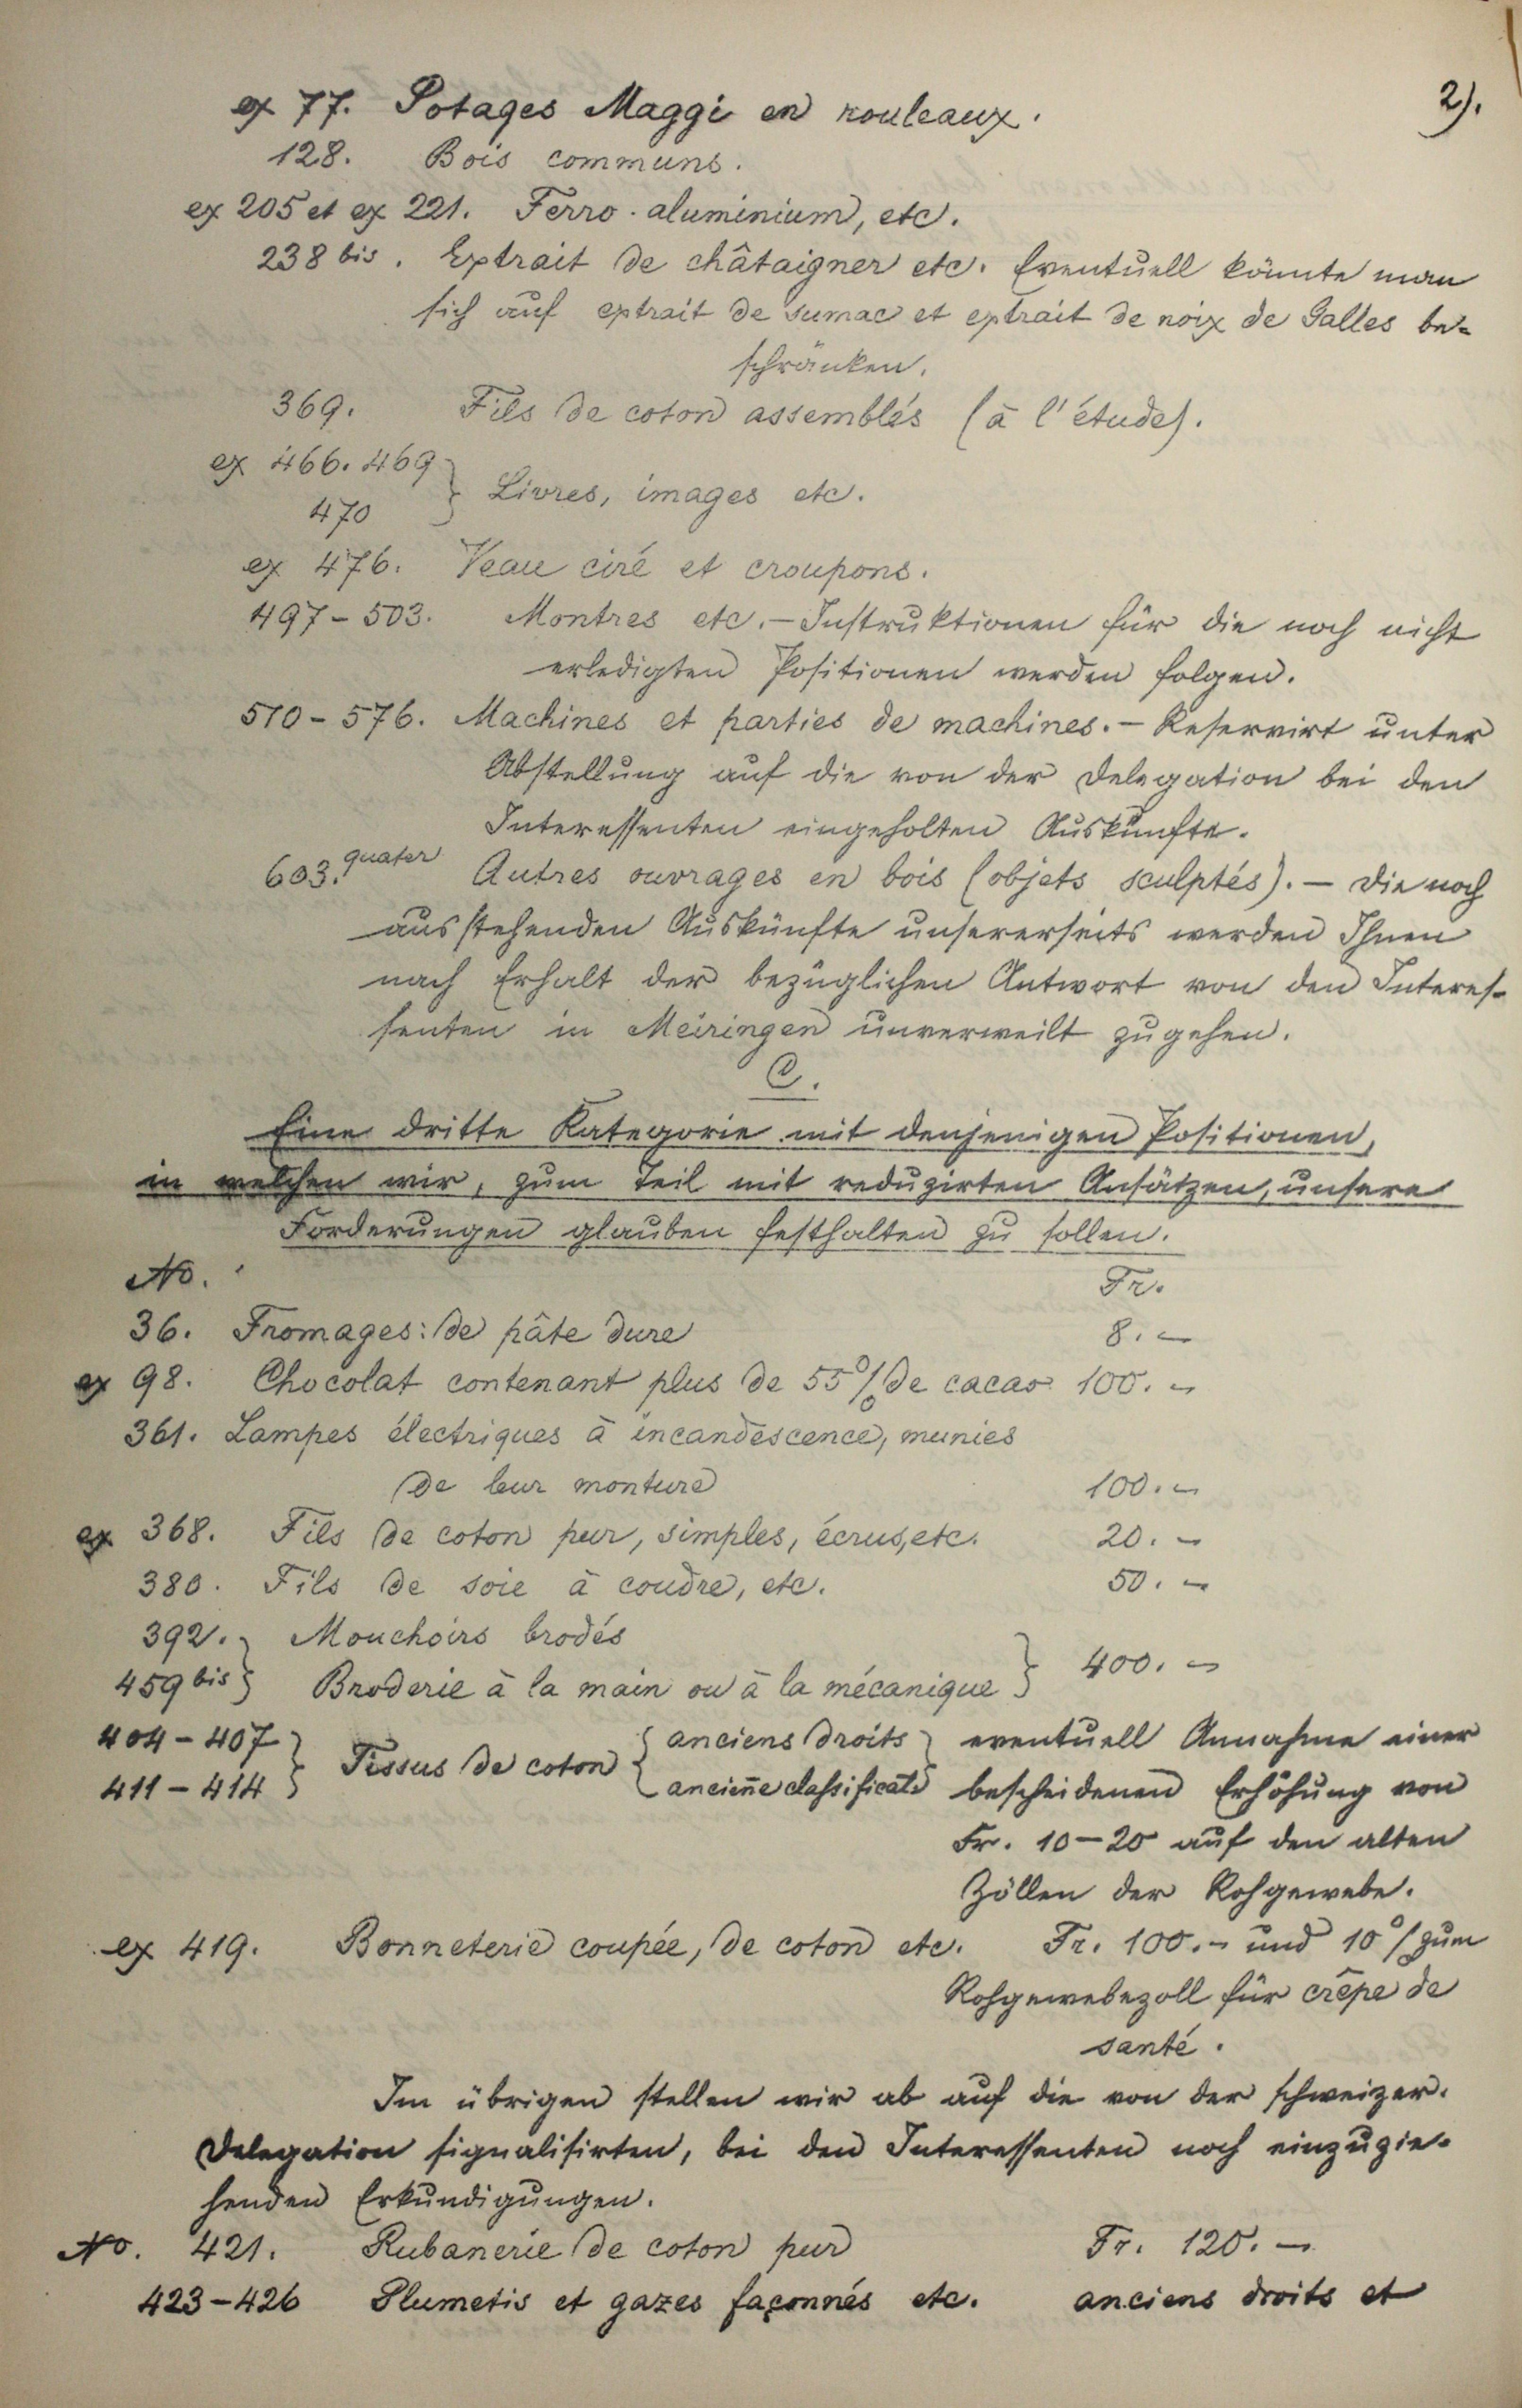
do

404-407

A 419.

411—414)

2).

g. 77. Sotages Maggi en ronleanz.
128. Bois communi
Z 205 et § 221. Perro aluminium, etc.
938 bis Extrait de chätaigner etc. Eventuell könnte man
sich auf extrait de Sumae et extrait de noix de Galles beschränken.
369.
Fils de coton assemblis (à l Studes.
 466. 1165
Livres, images etc.
470
§ 476. Teau cire et crouponi
497. 503. Montres etc. Instruktionen für die noch nicht
erledigten Positionen werden folgen.
510-576. Machines et parties de machines. - Reservirt unter
Abstellung auf die von der Delegation bei den
Interessenten eingeholten Auskünfte
quater
603.
Autres ouvrages en bois (objets sculptès). — Die noch
ausstehenden Auskünfte unsererseits werden Ihnen
nach Erhalt der bezüglichen Antwort von den Intereshenten in Meiringen unverweilt zugehen.
6.
Eine dritte Kategorie mit denjenigen Positionen,
in welchen wir, zum Teil mit reduzirten Ansätzen, unsere
Forderungen glauben festhalten zu sollen.
32.
36. Fromages de pate dure
8.
 98. Chocolat contenant plus de 55 / de cacas 100.
361. Lampes électriques à incandescence, meines
e fur monture
100.
 368. Fils de coton pur, simples, bereisete.
20.
50.
380. Fils de soie à condre, etc.
392. Mouchoirs brodes
459 bis Broderie à la main ou à la mecanigen 400.
anciens droits eventuell Annahme einer
Prssus de coton
ancienne cassificats bescheidenen Erhöhung von
Fr. 1020 auf den alten
Zöllen der Rohgewebe.
Fr. 100.- und 10% zum
Bonneterie coupée, de coton etc.
Rohgewebezoll für cepe de
sante.
Im übrigen stellen wir ab aŭf die von der schweizer-
Delegation signalisirten, bei den Interessenten noch einzŭzie-
henden Erkŭndigŭngen.
Fr. 120.
No. 421. Rubanerie (de coton pur
anciens droits et
423-426 Flumetis et gazes facensés etc.